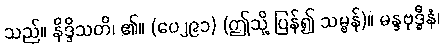
သည်။ နိဒ္ဒိသတိ၊ ၏။ (ပေ၂၉၁) (ဤသို့ ပြန်၍ သမ္ဗန်)။ မန္ဒဗုဒ္ဓီနံ၊